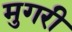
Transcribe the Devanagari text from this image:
मुगरी